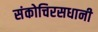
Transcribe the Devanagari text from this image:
संकोचिरसधानी